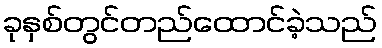
ခုနှစ်တွင်တည်ထောင်ခဲ့သည်